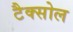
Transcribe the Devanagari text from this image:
टैक्सोल